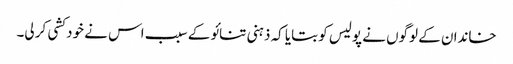
خاندان کے لوگوں نے پولیس کو بتایا کہ ذہنی تنائو کے سبب اس نے خود کشی کر لی۔